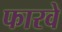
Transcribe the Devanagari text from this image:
फारवे